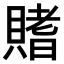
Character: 𫎟